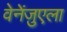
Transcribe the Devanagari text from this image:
वेनेंज़ुएला